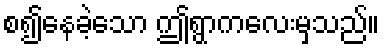
စ၍နေခဲ့သော ဤရွာကလေးမှသည်။